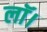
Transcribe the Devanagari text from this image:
लॉ।